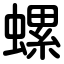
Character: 螺